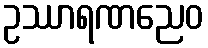
ဥဿာရဏညေဝ